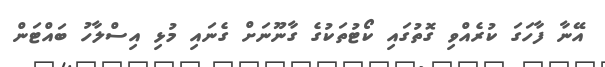
އޭނާ ފާހަގަ ކުރެއްވި ގޮތުގައި ކޯޓުތަކުގެ ގާނޫނަށް ގެނައި މުޅި އިސްލާހު ބައްޓަން